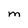
Character: M